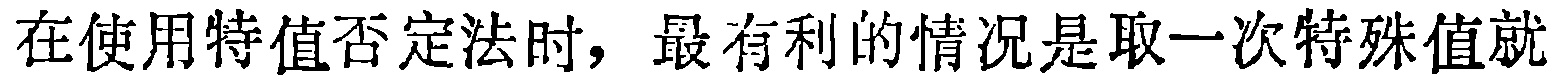
在使用特值否定法时，最有利的情况是取一次特殊值就